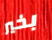
بخير